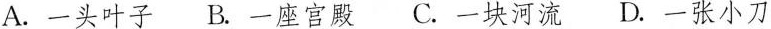
A.一头叶子 B.一座宫殿 C.一块河流 D.一张小刀